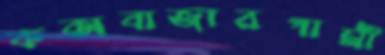
কক্সবাজারগামী